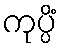
ကုပ္ပိံ